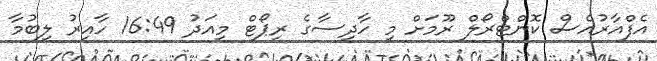
އެފްއާރުއެސް ކޮންޓްރޯލް ރޫމަށް މި ހާދިސާގެ ރިޕޯޓް މިއަދު 16:49 ހާއިރު ލިބުމާ